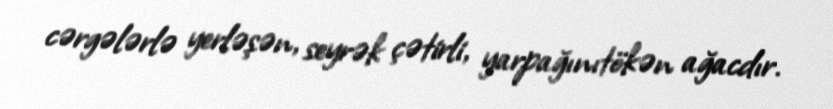
cərgələrlə yerləşən, seyrək çətirli, yarpağınıtökən ağacdır.